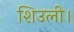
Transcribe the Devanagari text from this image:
शिउली।